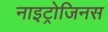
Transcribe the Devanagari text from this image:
नाइट्रोजिनस